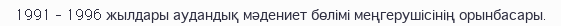
1991 – 1996 жылдары аудандық мәдениет бөлімі меңгерушісінің орынбасары.